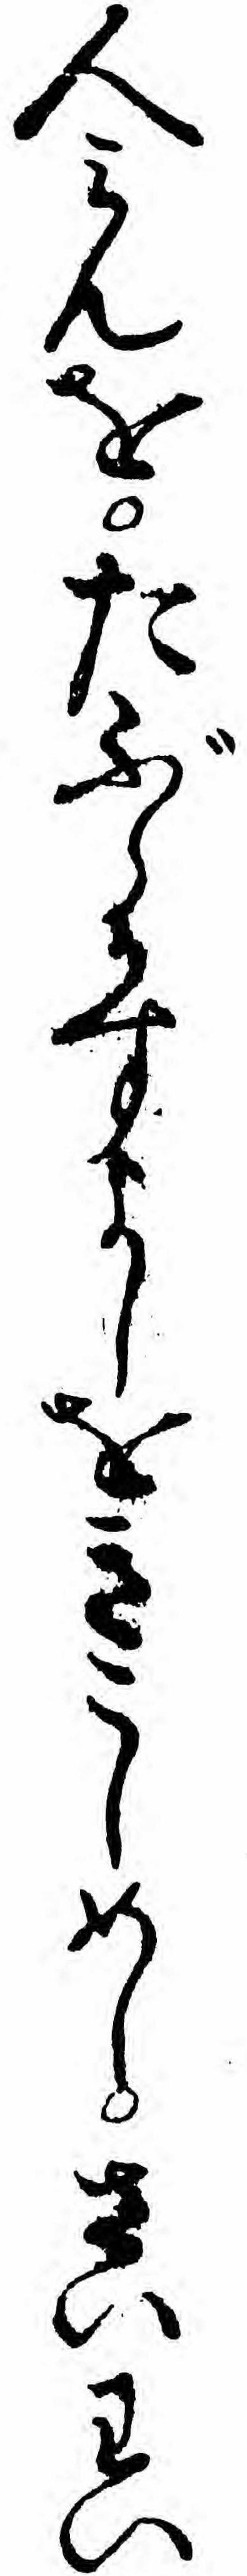
人ミんをたぶらかすよしをきこしめしさいわい